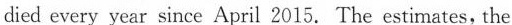
died every year since April 2015. The estimates, the